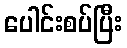
ပေါင်းစပ်ပြီး